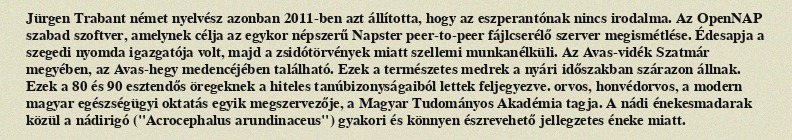
Jürgen Trabant német nyelvész azonban 2011-ben azt állította, hogy az eszperantónak nincs irodalma. Az OpenNAP szabad szoftver, amelynek célja az egykor népszerű Napster peer-to-peer fájlcserélő szerver megismétlése. Édesapja a szegedi nyomda igazgatója volt, majd a zsidótörvények miatt szellemi munkanélküli. Az Avas-vidék Szatmár megyében, az Avas-hegy medencéjében található. Ezek a természetes medrek a nyári időszakban szárazon állnak. Ezek a 80 és 90 esztendős öregeknek a hiteles tanúbizonyságaiból lettek feljegyezve. orvos, honvédorvos, a modern magyar egészségügyi oktatás egyik megszervezője, a Magyar Tudományos Akadémia tagja. A nádi énekesmadarak közül a nádirigó ("Acrocephalus arundinaceus") gyakori és könnyen észrevehető jellegzetes éneke miatt.